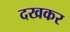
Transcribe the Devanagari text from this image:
दखकर